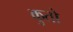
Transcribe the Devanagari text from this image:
कुतों